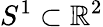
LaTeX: S^{1}\subset\mathbb{R}^{2}